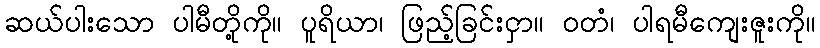
ဆယ်ပါးသော ပါမီတို့ကို။ ပူရိယာ၊ ဖြည့်ခြင်းငှာ။ ဝတံ၊ ပါရမီကျေးဇူးကို။